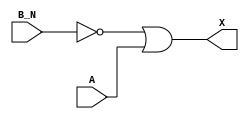
module sky130_fd_sc_hd__or2b (
    X  ,
    A  ,
    B_N
);
    output X  ;
    input  A  ;
    input  B_N;
    wire not0_out ;
    wire or0_out_X;
    not not0 (not0_out , B_N            );
    or  or0  (or0_out_X, not0_out, A    );
    buf buf0 (X        , or0_out_X      );
endmodule